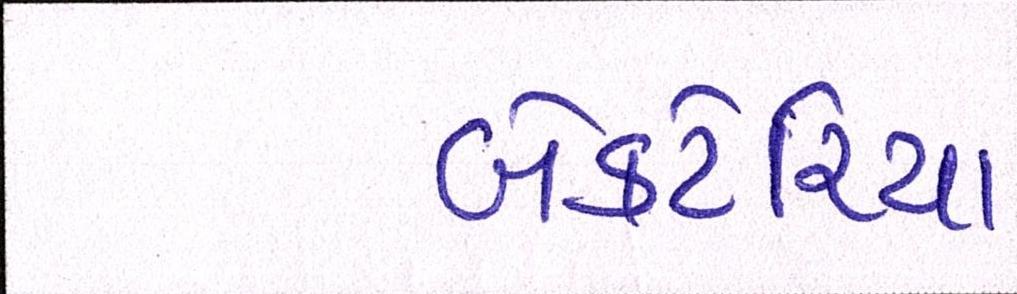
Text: બેક્ટેરિયા